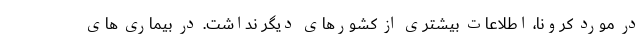
در مورد کرونا، اطلاعات بیشتری از کشورهای دیگر نداشت. در بیماری های